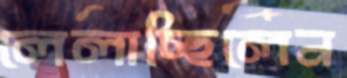
লেলাচ্ছিলেন